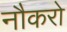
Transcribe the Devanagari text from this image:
नौकरो